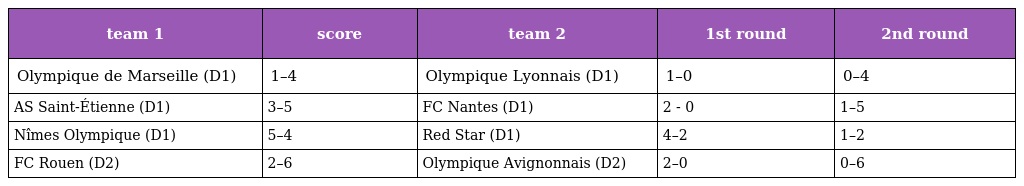
| team 1 | score | team 2 | 1st round | 2nd round |
 | --- | --- | --- | --- | --- |
 | Olympique de Marseille (D1) | 1–4 | Olympique Lyonnais (D1) | 1–0 | 0–4 |
 | AS Saint-Étienne (D1) | 3–5 | FC Nantes (D1) | 2 - 0 | 1–5 |
 | Nîmes Olympique (D1) | 5–4 | Red Star (D1) | 4–2 | 1–2 |
 | FC Rouen (D2) | 2–6 | Olympique Avignonnais (D2) | 2–0 | 0–6 |